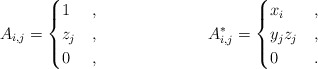
\begin{align*} A_{i,j} &= \begin{cases} 1 & , \\ z_j & , \\ 0 & , \end{cases}& A^*_{i,j} &= \begin{cases} x_i & , \\ y_j z_j & , \\ 0 & . \end{cases}\end{align*}